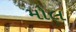
મોલ